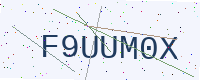
Text: F9UUM0X